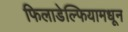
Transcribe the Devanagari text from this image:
फिलाडेल्फियामधून